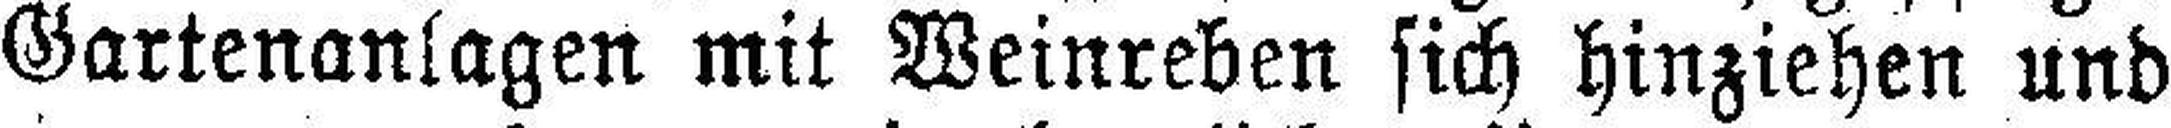
Gartenanlagen mit Weinreben sich hinziehen und